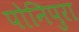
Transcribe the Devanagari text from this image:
पोनिपुरा